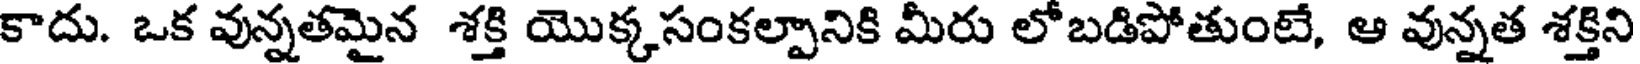
కాదు. ఒక వున్నతమైన శక్తి యొక్కసంకల్పానికి మీరు లోబడిపోతుంటే, ఆ వున్నత శక్తిని